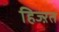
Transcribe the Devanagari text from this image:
हिज्ऱत